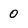
Character: 0